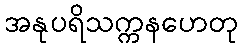
အနုပရိသက္ကနဟေတု